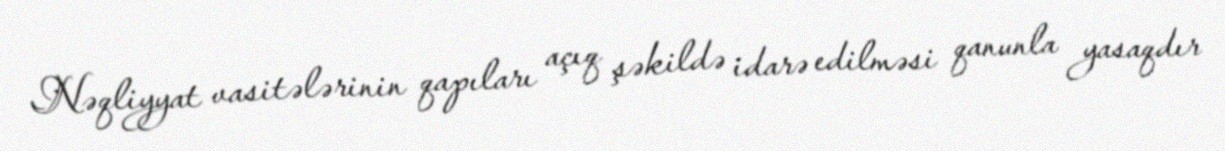
Nəqliyyat vasitələrinin qapıları açıq şəkildə idarə edilməsi qanunla yasaqdır